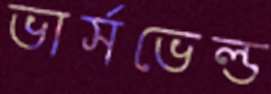
ভার্সভেল্ড